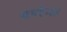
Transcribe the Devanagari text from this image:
वर्णचा